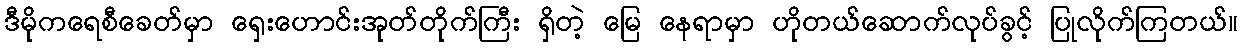
ဒီမိုကရေစီခေတ်မှာ ရှေးဟောင်းအုတ်တိုက်ကြီး ရှိတဲ့ မြေ နေရာမှာ ဟိုတယ်ဆောက်လုပ်ခွင့် ပြုလိုက်ကြတယ်။